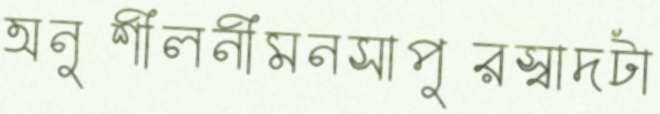
অনুশীলনীমনসাপুরস্বাদটা